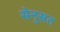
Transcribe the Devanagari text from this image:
सेनुस्रत